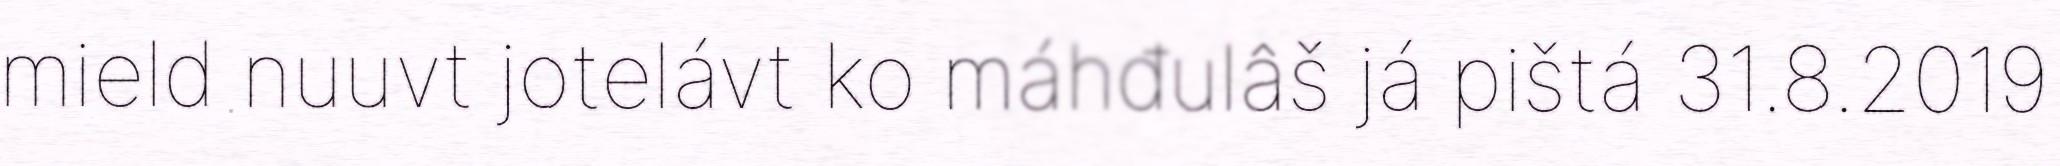
mield nuuvt jotelávt ko máhđulâš já pištá 31.8.2019